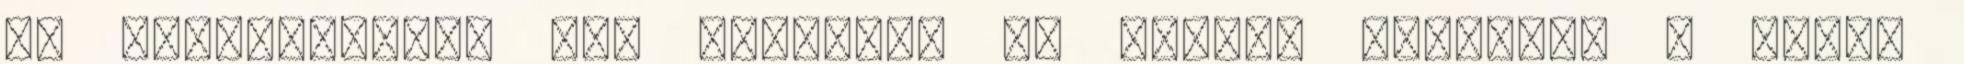
is mertetőjele. Nem szerette az ecetes uborkát. – Mert,